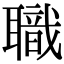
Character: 職